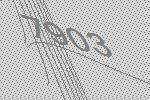
7903